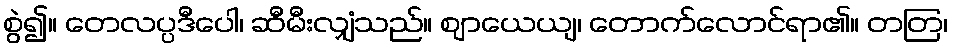
စွဲ၍။ တေလပ္ပဒီပေါ၊ ဆီမီးလျှံသည်။ ဈာယေယျ၊ တောက်လောင်ရာ၏။ တတြ၊